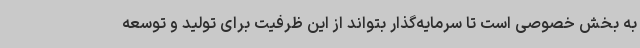
به بخش خصوصی است تا سرمایه‌گذار بتواند از این ظرفیت برای تولید و توسعه